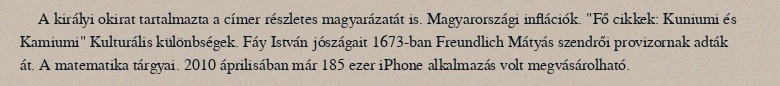
A királyi okirat tartalmazta a címer részletes magyarázatát is. Magyarországi inflációk. "Fő cikkek: Kuniumi és Kamiumi" Kulturális különbségek. Fáy István jószágait 1673-ban Freundlich Mátyás szendrői provizornak adták át. A matematika tárgyai. 2010 áprilisában már 185 ezer iPhone alkalmazás volt megvásárolható.